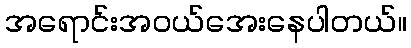
အရောင်းအဝယ်အေးနေပါတယ်။